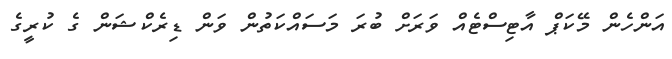
އަންހެން މޭކަޕް އާޓިސްޓެއް ވަރަށް ބުރަ މަސައްކަތުން ވަން ޑިރެކްޝަން ގެ ކުރީގެ